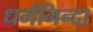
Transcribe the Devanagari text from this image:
धर्मनिन्दा